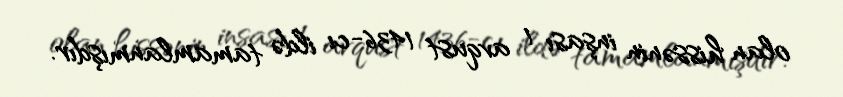
olan hissənin inşası 1 avqust 1436-cı ildə tamamlanmışdır.